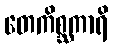
တေကိစ္ဆကာရိ